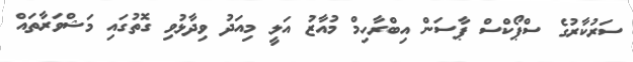
ސަރުކާރުގެ ސްޕޯކްސް ޕާސަން އިބްރާހިމް މުއާޒު އަލީ މިއަދު ވިދާޅުވި ގޮތުގައި މަޝްވަރާތައް